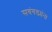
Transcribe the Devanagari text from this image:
सवंगड्यांना